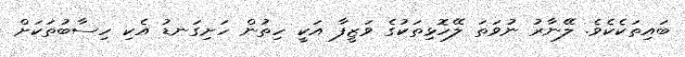
ބައިތަކެކެވެ. ލޭނާރު ނުވަތަ ލޭހޮޅިތަކުގެ ވަޒީފާ އަކީ ހިތުން ހަށިގަނޑު އެކި ހިސާބުތަކަށް